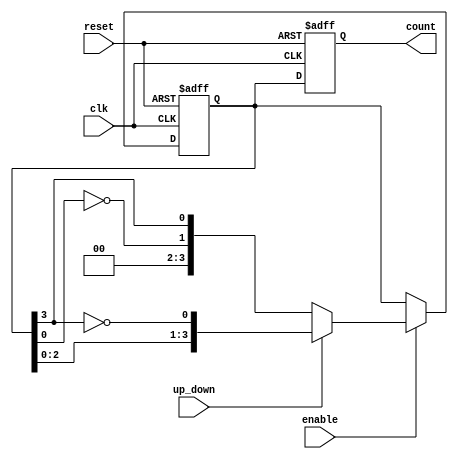
module Bidirectional_Johnson_Counter #(parameter N = 4) (
    input wire clk,            // Clock input
    input wire reset,          // Asynchronous reset
    input wire enable,         // Enable signal
    input wire up_down,        // Up/Down control: 1 for up, 0 for down
    output reg [N-1:0] count   // Counter output
);

    // Internal flip-flop state
    reg [N-1:0] state;

    always @(posedge clk or posedge reset) begin
        if (reset) begin
            state <= 0;         // Reset state to 0
        end else if (enable) begin
            if (up_down) begin  // Counting Up
                state <= {state[N-2:0], ~state[N-1]}; // Shift left and invert last bit
            end else begin      // Counting Down
                state <= {~state[0], state[N-1:N-1]}; // Shift right and invert first bit
            end
        end
    end

    // Update the output count
    always @(posedge clk or posedge reset) begin
        if (reset) begin
            count <= 0;         // Reset count to 0
        end else begin
            count <= state;     // Output current state
        end
    end

endmodule